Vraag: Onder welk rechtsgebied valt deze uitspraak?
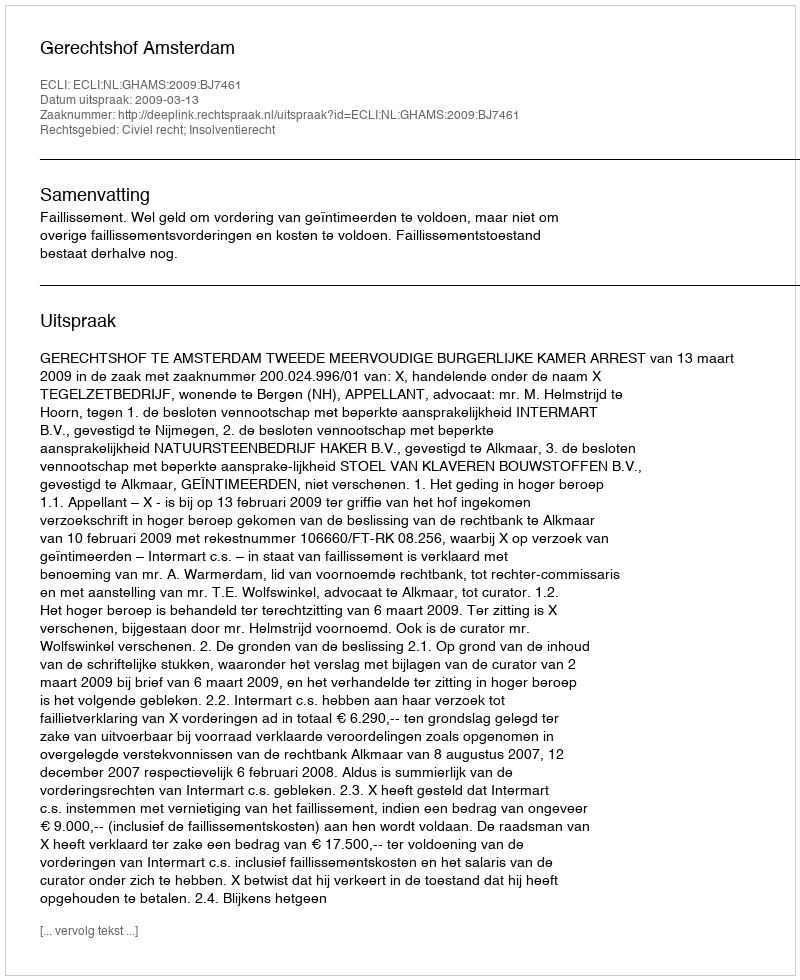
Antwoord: Civiel recht; Insolventierecht